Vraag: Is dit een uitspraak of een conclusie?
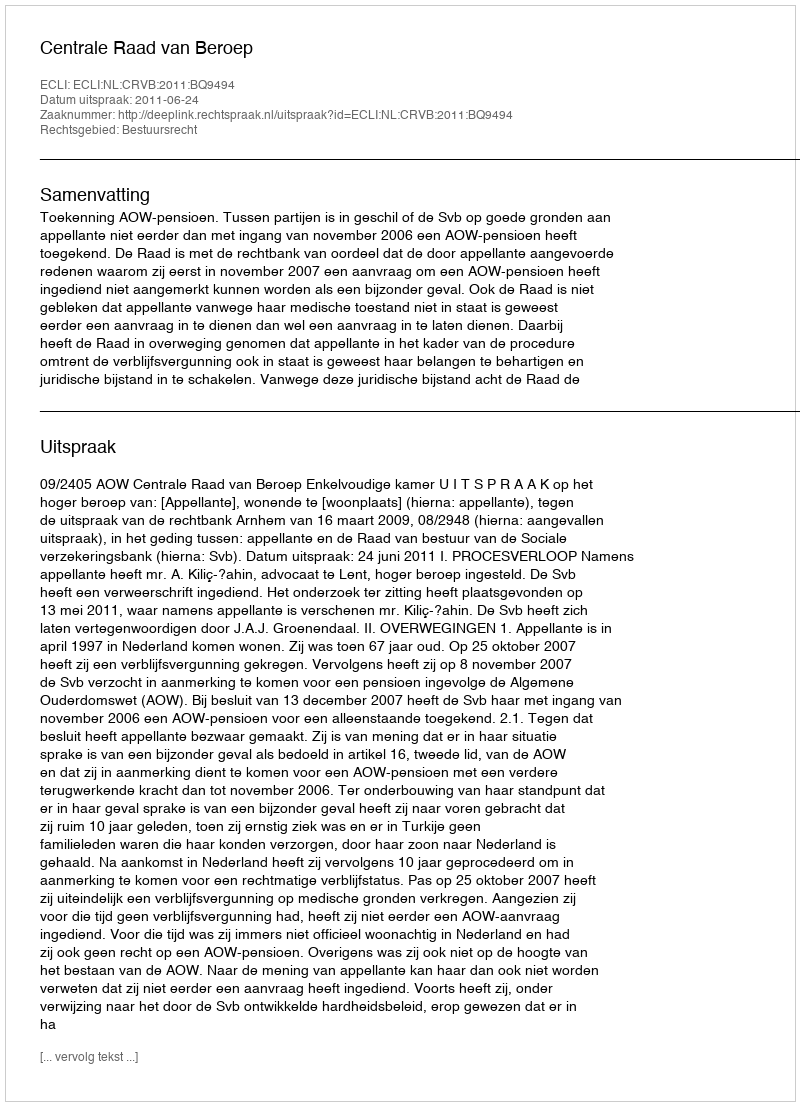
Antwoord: Uitspraak